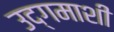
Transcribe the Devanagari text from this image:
उद्‌गमाशी